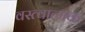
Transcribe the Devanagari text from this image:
वस्त्वात्मक